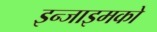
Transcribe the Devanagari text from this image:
इन्जाइमको